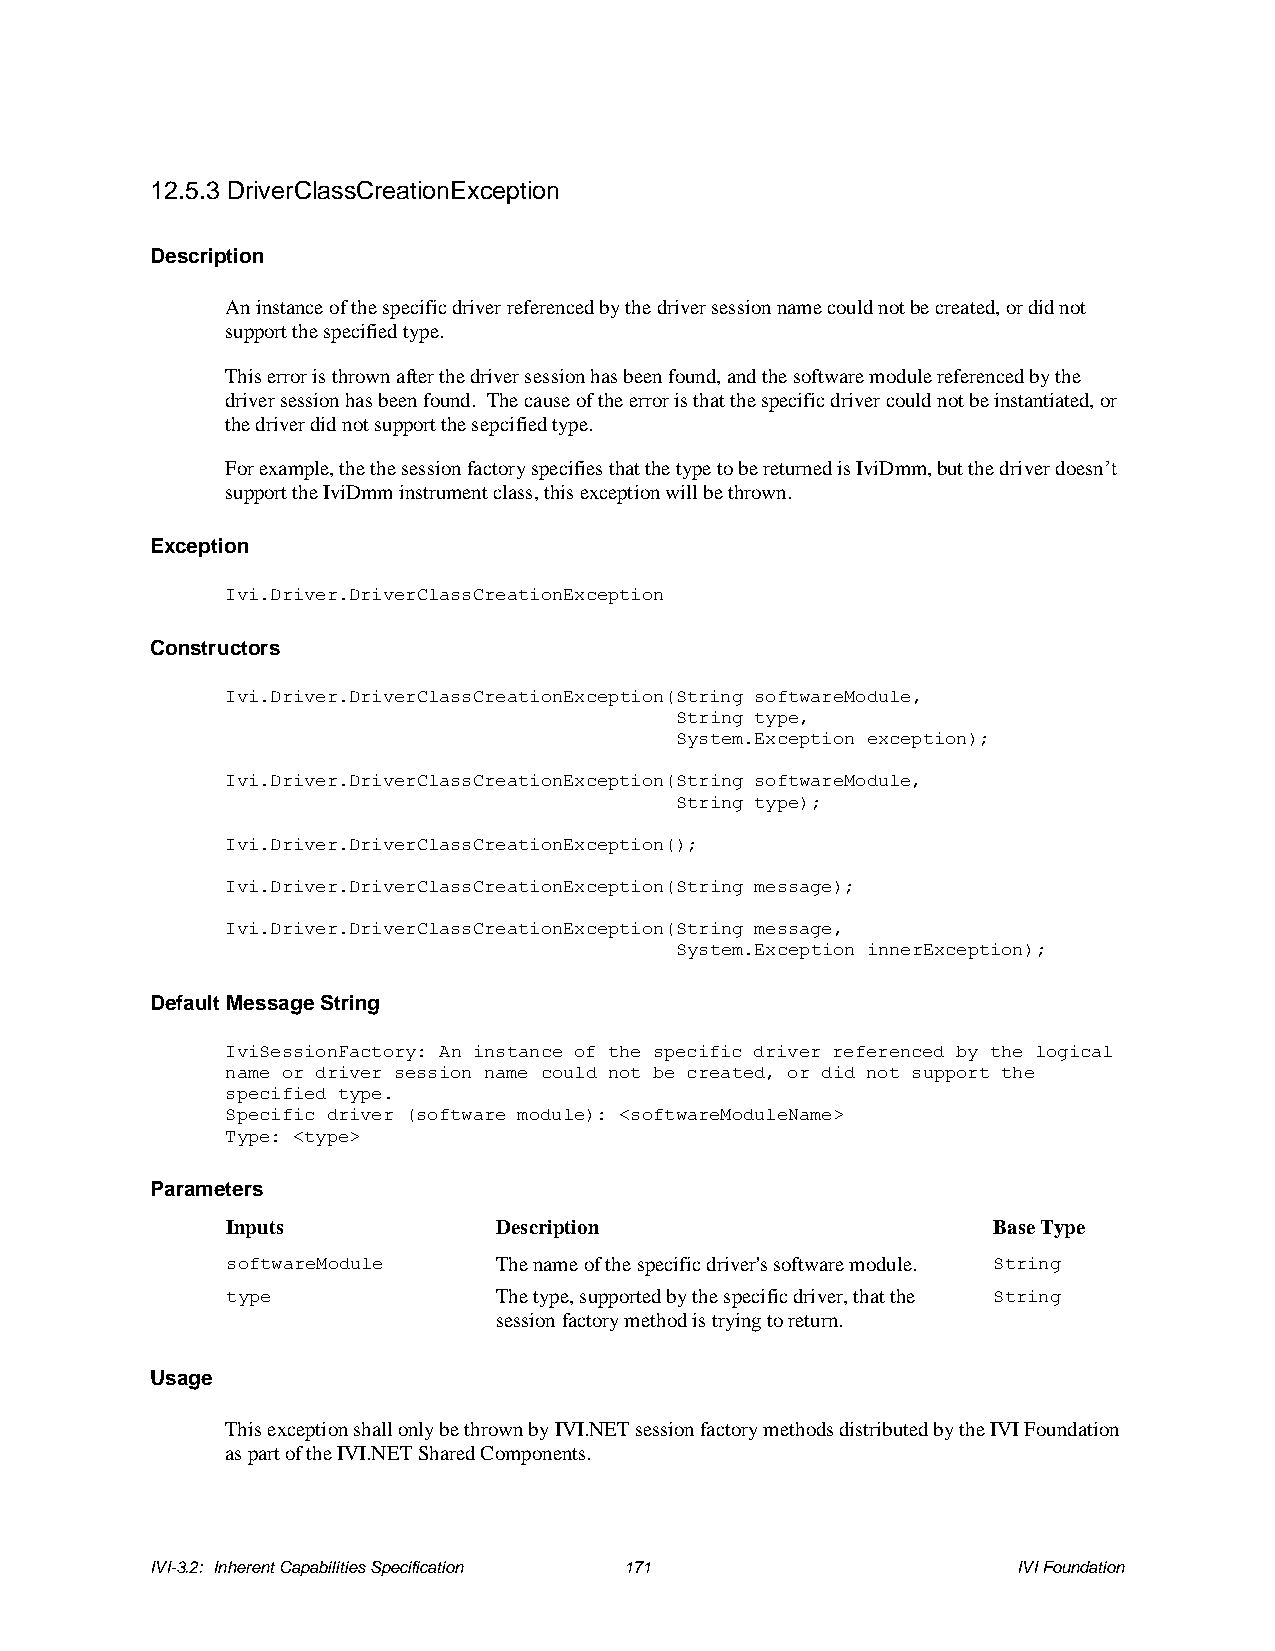
12.5.3 DriverClassCreationException
 Description
 An instance of the specific driver referenced by the driver session name could not be created, or did not
 support the specified type.
 This error is thrown after the driver session has been found, and the software module referenced by the
 driver session has been found. The cause of the error is that the specific driver could not be instantiated, or
 the driver did not support the sepcified type.
 For example, the the session factory specifies that the type to be returned is IviDmm, but the driver doesn’t
 support the IviDmm instrument class, this exception will be thrown.
 Exception
 Ivi.Driver.DriverClassCreationException
 Constructors
 Ivi.Driver.DriverClassCreationException(String softwareModule,
 String type,
 System.Exception exception);
 Ivi.Driver.DriverClassCreationException(String softwareModule,
 String type);
 Ivi.Driver.DriverClassCreationException();
 Ivi.Driver.DriverClassCreationException(String message);
 Ivi.Driver.DriverClassCreationException(String message,
 System.Exception innerException);
 Default Message String
 IviSessionFactory: An instance of the specific driver referenced by the logical
 name or driver session name could not be created, or did not support the
 specified type.
 Specific driver (software module): <softwareModuleName>
 Type: <type>
 Parameters
 Inputs            Description                      Base Type
 softwareModule    The name of the specific driver's software module. String
 type              The type, supported by the specific driver, that the String
 session factory method is trying to return.
 Usage
 This exception shall only be thrown by IVI.NET session factory methods distributed by the IVI Foundation
 as part of the IVI.NET Shared Components.
 IVI-3.2: Inherent Capabilities Specification 171         IVI Foundation